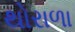
થોરાળા